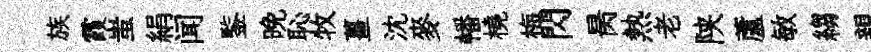
族霞蚩絹闻鍳晚恥牧薑沈麥幡橈梅閃昺熱老陕蘆敏縐親